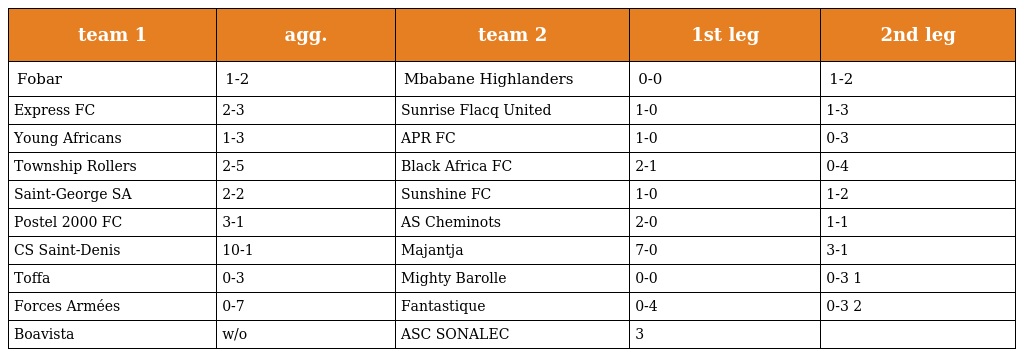
| team 1 | agg. | team 2 | 1st leg | 2nd leg |
 | --- | --- | --- | --- | --- |
 | Fobar | 1-2 | Mbabane Highlanders | 0-0 | 1-2 |
 | Express FC | 2-3 | Sunrise Flacq United | 1-0 | 1-3 |
 | Young Africans | 1-3 | APR FC | 1-0 | 0-3 |
 | Township Rollers | 2-5 | Black Africa FC | 2-1 | 0-4 |
 | Saint-George SA | 2-2 | Sunshine FC | 1-0 | 1-2 |
 | Postel 2000 FC | 3-1 | AS Cheminots | 2-0 | 1-1 |
 | CS Saint-Denis | 10-1 | Majantja | 7-0 | 3-1 |
 | Toffa | 0-3 | Mighty Barolle | 0-0 | 0-3 1 |
 | Forces Armées | 0-7 | Fantastique | 0-4 | 0-3 2 |
 | Boavista | w/o | ASC SONALEC | 3 |  |